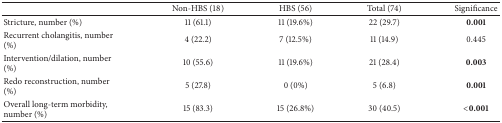
<table><thead><tr><td><b> </b></td><td><b>Non-HBS (18)</b></td><td><b>HBS (56)</b></td><td><b>Total (74)</b></td><td><b>Significance</b></td></tr></thead><tbody><tr><td>Stricture, number (%)</td><td>11 (61.1)</td><td>11 (19.6%)</td><td>22 (29.7)</td><td><b>0.001</b></td></tr><tr><td>Recurrent cholangitis, number (%)</td><td>4 (22.2)</td><td>7 (12.5%)</td><td>11 (14.9)</td><td>0.445</td></tr><tr><td>Intervention/dilation, number (%)</td><td>10 (55.6)</td><td>11 (19.6%)</td><td>21 (28.4)</td><td><b>0.003</b></td></tr><tr><td>Redo reconstruction, number (%)</td><td>5 (27.8)</td><td>0 (0%)</td><td>5 (6.8)</td><td><b>0.001</b></td></tr><tr><td>Overall long-term morbidity, number (%)</td><td>15 (83.3)</td><td>15 (26.8%)</td><td>30 (40.5)</td><td><b>&lt;0.001</b></td></tr></tbody></table>